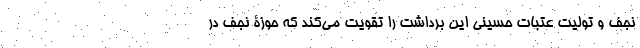
نجف و تولیت عتبات حسینی این برداشت را تقویت می‌کند که حوزۀ نجف در